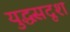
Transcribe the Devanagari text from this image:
युद्धसदृश